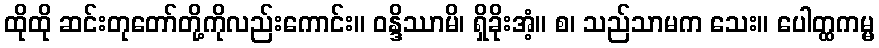
ထိုထို ဆင်းတုတော်တို့ကိုလည်းကောင်း။ ဝန္ဒိဿာမိ၊ ရှိခိုးအံ့။ စ၊ သည်သာမက သေး။ ပေါတ္ထကမ္မ